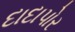
દાદાપોર